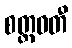
စတ္ထဝတီ